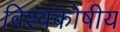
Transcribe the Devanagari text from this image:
विश्वकोषीय